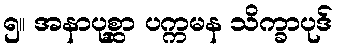
၅။ အနာပုစ္ဆာ ပက္ကမန သိက္ခာပုဒ်